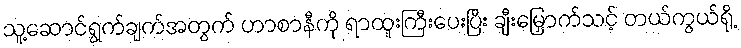
သူ့ဆောင်ရွက်ချက်အတွက် ဟာစာနီကို ရာထူးကြီးပေးပြီး ချီးမြှောက်သင့် တယ်ကွယ်ရို့